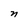
Character: n